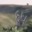
દૂૂધ